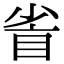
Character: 𥅷